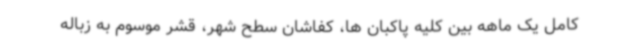
کامل یک ماهه بین کلیه پاکبان ها، کفاشان سطح شهر، قشر موسوم به زباله